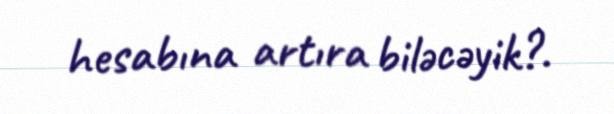
hesabına artıra biləcəyik?.